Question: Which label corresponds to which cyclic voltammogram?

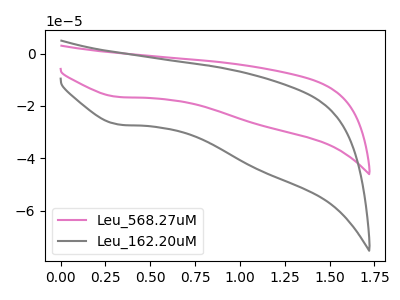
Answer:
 <answer>The pink curve is labeled "Leu_568.27uM". The gray curve is labeled "Leu_162.20uM".</answer>
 <eval></eval>